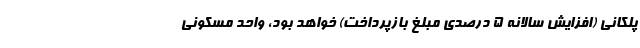
پلکانی (افزایش سالانه ۵ درصدی مبلغ بازپرداخت) خواهد بود، واحد مسکونی